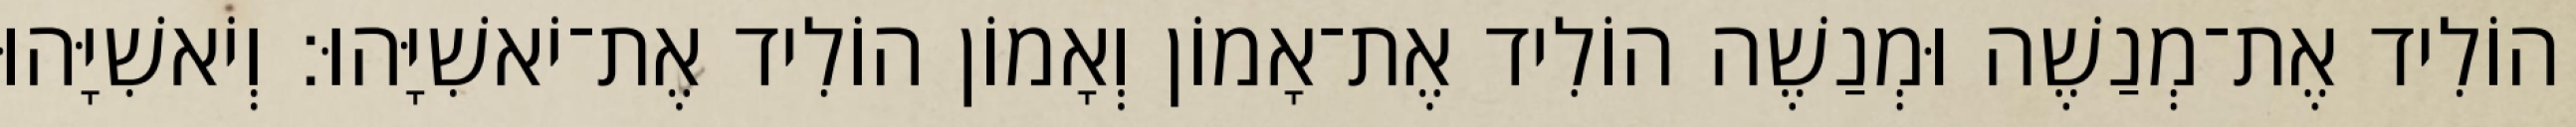
הוֹלִיד אֶת־מְנַשֶׁה וּמְנַשֶׁה הוֹלִיד אֶת־אָמוֹן וְאָמוֹן הוֹלִיד אֶת־יֹאשִׁיָּהוּ׃ וְיֹאשִׁיָּהוּ